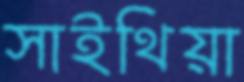
সাইথিয়া